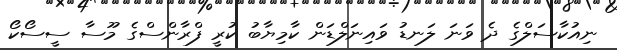
ނިއުކާސަލްގެ ދެ ވަނަ ލަނޑު ވައިނަލްޑަން ކާމިޔާބު ކުރީ ފްރާންސްގެ މޫސާ ސީސޯކޯ